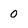
Character: 0